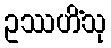
ဥဿဟိံသု